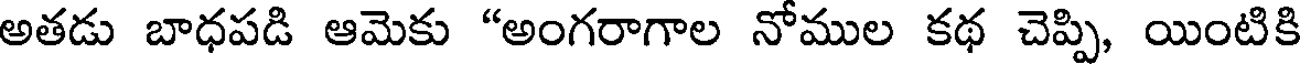
అతడు బాధపడి ఆమెకు "అంగరాగాల నోముల కథ చెప్పి, యింటికి